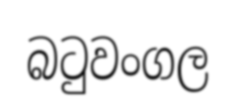
බටුවංගල